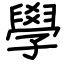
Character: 學